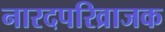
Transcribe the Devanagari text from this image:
नारदपरिव्राजक